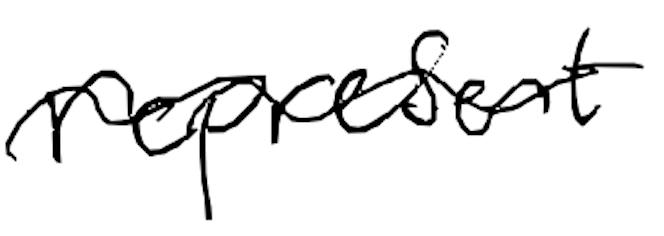
Text: represent
Cross-out: wave
Writing tool: digital_black